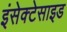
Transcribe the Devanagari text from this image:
इंसेक्टेसाइड